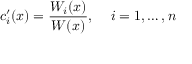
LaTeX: c _ { i } ^ { \prime } ( x ) = { \frac { W _ { i } ( x ) } { W ( x ) } } , \, \quad i = 1 , \ldots , n